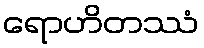
ရောဟိတဿံ